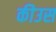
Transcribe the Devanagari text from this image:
कीउस